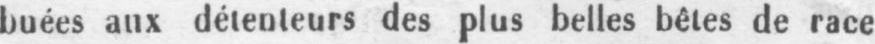
buées aux détenteurs des plus belles belles de race